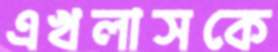
এখলাসকে